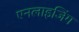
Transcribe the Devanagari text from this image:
एनलाइजिंग